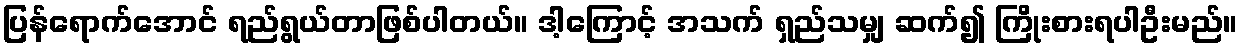
ပြန်ရောက်အောင် ရည်ရွယ်တာဖြစ်ပါတယ်။ ဒါ့ကြောင့် အသက် ရှည်သမျှ ဆက်၍ ကြိုးစားရပါဦးမည်။